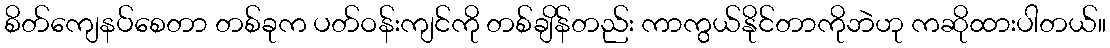
စိတ်ကျေနပ်စေတာ တစ်ခုက ပတ်ဝန်းကျင်ကို တစ်ချိန်တည်း ကာကွယ်နိုင်တာကိုဘဲဟု ကဆိုထားပါတယ်။